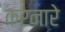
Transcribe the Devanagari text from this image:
करनारे